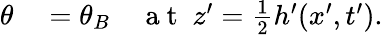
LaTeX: \begin{array}{rl}{\theta}&{{}=\theta_{B}\quad\mathrm{~a~t~}\; z^{\prime}=\frac{1}{2}h^{\prime}(x^{\prime},t^{\prime}).}\end{array}